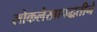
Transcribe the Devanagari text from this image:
लोकलेखापद्धतीने